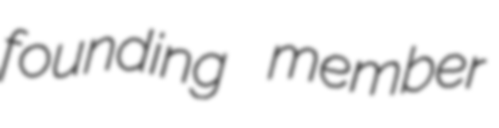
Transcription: founding member